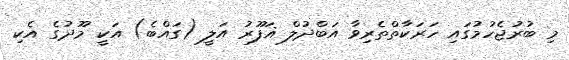
މި ބުރުޖެހުމުގައި ހަރަކާތްތެރިވާ އަބްދުލް ޣަފޫރު އަލީ (ގައްބެ) އަކީ މޫދުގެ އެކި